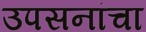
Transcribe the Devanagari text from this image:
उपसनांचा